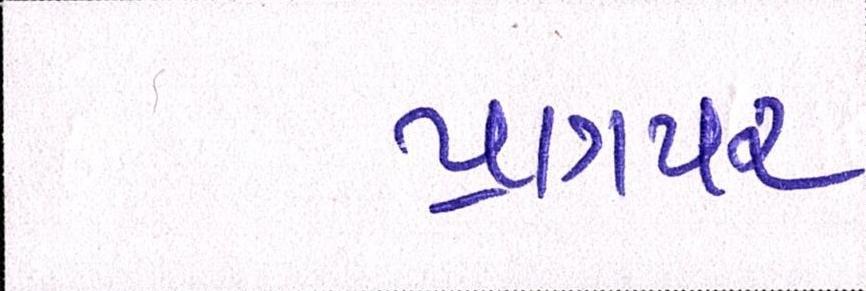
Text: પ્રાગપર